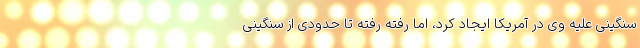
سنگینی علیه وی در آمریکا ایجاد کرد، اما رفته رفته تا حدودی از سنگینی